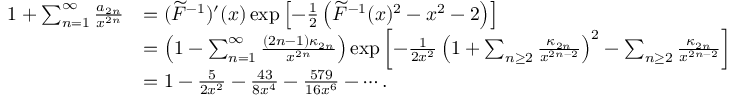
\begin{array} { r l } { 1 + \sum _ { n = 1 } ^ { \infty } \frac { a _ { 2 n } } { x ^ { 2 n } } } & { = ( \widetilde F ^ { - 1 } ) ^ { \prime } ( x ) \exp \left[ - \frac { 1 } { 2 } \left( \widetilde F ^ { - 1 } ( x ) ^ { 2 } - x ^ { 2 } - 2 \right) \right] } \\ & { = \left( 1 - \sum _ { n = 1 } ^ { \infty } \frac { ( 2 n - 1 ) \kappa _ { 2 n } } { x ^ { 2 n } } \right) \exp \left[ - \frac { 1 } { 2 x ^ { 2 } } \left( 1 + \sum _ { n \ge 2 } \frac { \kappa _ { 2 n } } { x ^ { 2 n - 2 } } \right) ^ { 2 } - \sum _ { n \ge 2 } \frac { \kappa _ { 2 n } } { x ^ { 2 n - 2 } } \right] } \\ & { = 1 - \frac { 5 } { 2 x ^ { 2 } } - \frac { 4 3 } { 8 x ^ { 4 } } - \frac { 5 7 9 } { 1 6 x ^ { 6 } } - \cdots . } \end{array}